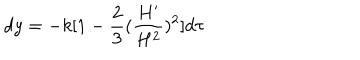
LaTeX: d y = - k [ 1 - \frac { 2 } { 3 } ( \frac { H ^ { \prime } } { H ^ { 2 } } ) ^ { 2 } ] d \tau